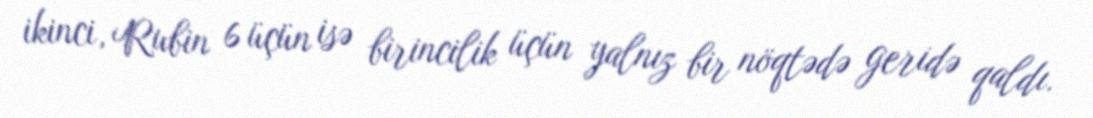
ikinci, Rubin 6 üçün isə birincilik üçün yalnız bir nöqtədə geridə qaldı.